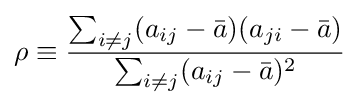
\rho \equiv {\frac {\sum _{i\neq j}(a_{ij}-{\bar {a}})(a_{ji}-{\bar {a}})}{\sum _{i\neq j}(a_{ij}-{\bar {a}})^{2}}}